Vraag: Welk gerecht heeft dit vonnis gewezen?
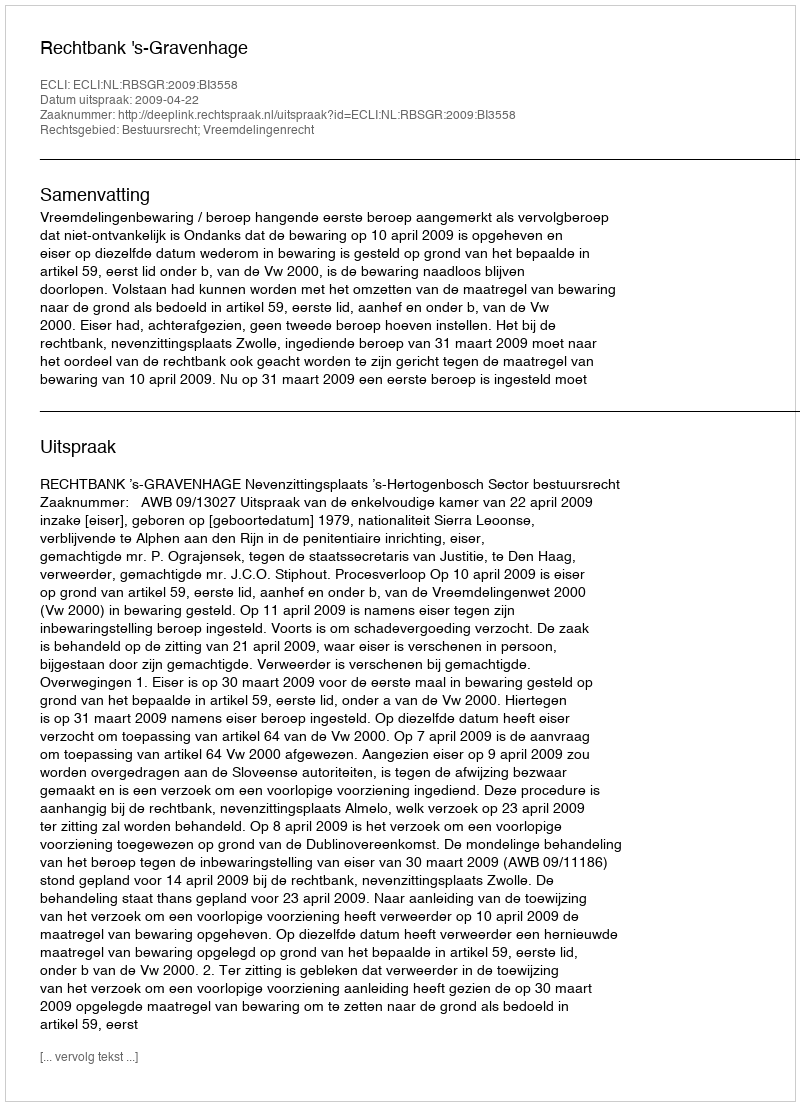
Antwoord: Rechtbank 's-Gravenhage